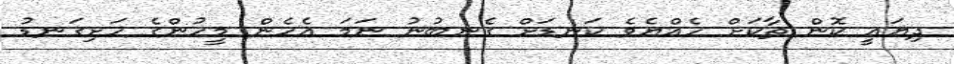
ދިޔައީ ކޮން ތާކަށް ހެއްޔެވެ ކަނޑަށް ގެނބުނު ނަމަ އެހެން މީހުންގެ ހަށިގަނޑު